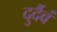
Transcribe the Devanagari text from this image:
दुर्दैवं